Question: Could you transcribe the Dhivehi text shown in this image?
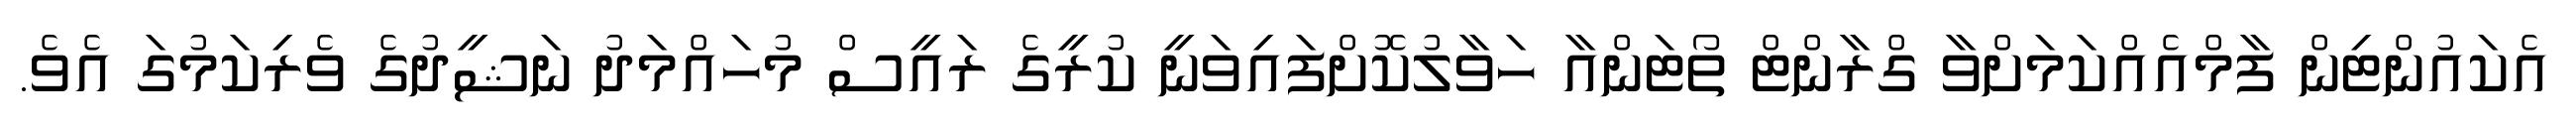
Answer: އެކައުންޓިން ފާމްއެއްކަމަށްވާ ގްރާންޓް ތޯޓަންއާ ހަވާލުކޮށްފައިވަނީ ކުރީގެ ރައީސް މުހައްމަދު ނަޝީދުގެ ވެރިކަމުގަ އެވެ.